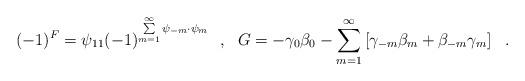
LaTeX: \begin{align*}(-1)^{F} = \psi_{11}(-1)^{\sum\limits_{m=1}^{\infty}\psi_{-m}\cdot \psi_m}~~,~~{G} = - \gamma_0 \beta_0 - \sum\limits_{m=1}^{\infty}\left[ \gamma_{-m} \beta_m + \beta_{-m}\gamma_m \right]~~.\end{align*}